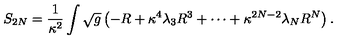
S _ { 2 N } = \frac { 1 } { \kappa ^ { 2 } } \int \sqrt { g } \left( - R + \kappa ^ { 4 } \lambda _ { 3 } R ^ { 3 } + \cdots + \kappa ^ { 2 N - 2 } \lambda _ { N } R ^ { N } \right) .